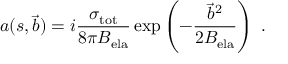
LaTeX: a ( s , \vec { b } ) = i \frac { \sigma _ { \mathrm { t o t } } } { 8 \pi B _ { \mathrm { e l a } } } \exp \left( - \frac { { \vec { b } } ^ { 2 } } { 2 B _ { \mathrm { e l a } } } \right) \ .